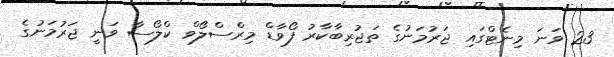
23 ވަނަ މިނެޓްގައި ޖަރުމަނުގެ ތަޖުރިބާކާރު ފޯވާޑް މިރްސްލޯވް ކްލޯސާ ވަނީ ޖަރުމަނުގެ